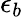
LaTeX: \epsilon_{b}